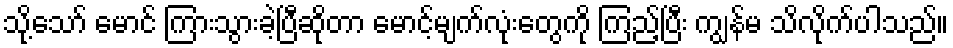
သို့သော် မောင် ကြားသွားခဲ့ပြီဆိုတာ မောင့်မျက်လုံးတွေကို ကြည့်ပြီး ကျွန်မ သိလိုက်ပါသည်။